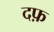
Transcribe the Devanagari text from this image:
दफ़